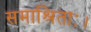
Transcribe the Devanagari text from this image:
समाश्रिताः।